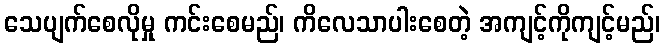
သေပျက်စေလိုမှု ကင်းစေမည်၊ ကိလေသာပါးစေတဲ့ အကျင့်ကိုကျင့်မည်၊